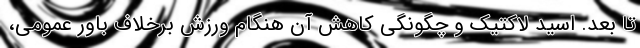
تا بعد. اسید لاکتیک و چگونگی کاهش آن هنگام ورزش برخلاف باور عمومی،